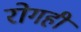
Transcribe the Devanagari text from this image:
रोगही